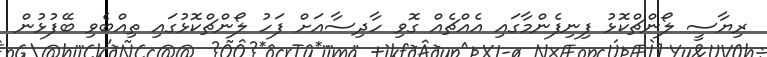
ރިޔާސީ ލޯންޗްކޮޅު ފިނިފެންމާގައި އެއްޗެއް ގޮވި ހާދިސާއަށް ފަހު ލޯންޗްކޮޅުގައި ތިއްބެވި ބޭފުޅުން